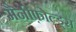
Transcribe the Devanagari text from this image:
मैनीफ़ोल्ड्स